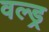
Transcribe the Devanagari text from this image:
वल्ड्र